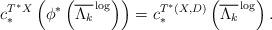
LaTeX: \begin{align*}c_*^{T^*X}\left(\phi^*\left(\overline{\Lambda_{k}}^{\,\log}\right)\right)=c_*^{T^*(X, D)}\left(\overline{\Lambda_{k}}^{\,\log}\right).\end{align*}